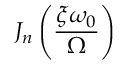
J _ { n } \left( \frac { \xi \omega _ { 0 } } { \Omega } \right)